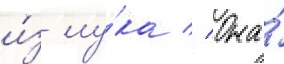
и́з лу́ка // Она́